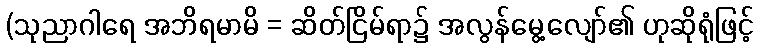
(သုညာဂါရေ အဘိရမာမိ = ဆိတ်ငြိမ်ရာ၌ အလွန်မွေ့လျော်၏ ဟုဆိုရုံဖြင့်